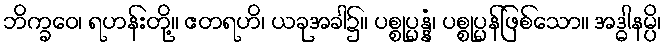
ဘိက္ခဝေ၊ ရဟန်းတို့။ ဧတရဟိ၊ ယခုအခါ၌။ ပစ္စုပ္ပန္နံ၊ ပစ္စုပ္ပန်ဖြစ်သော။ အဒ္ဓါနမ္ပိ၊